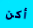
أكن